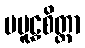
ပမူဠှစိတ္တာ